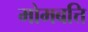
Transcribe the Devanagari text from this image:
मोमबत्ति